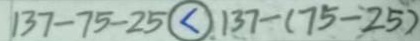
1 3 7 - 7 5 - 2 5 \textcircled { < } 1 3 7 - ( 7 5 - 2 5 )